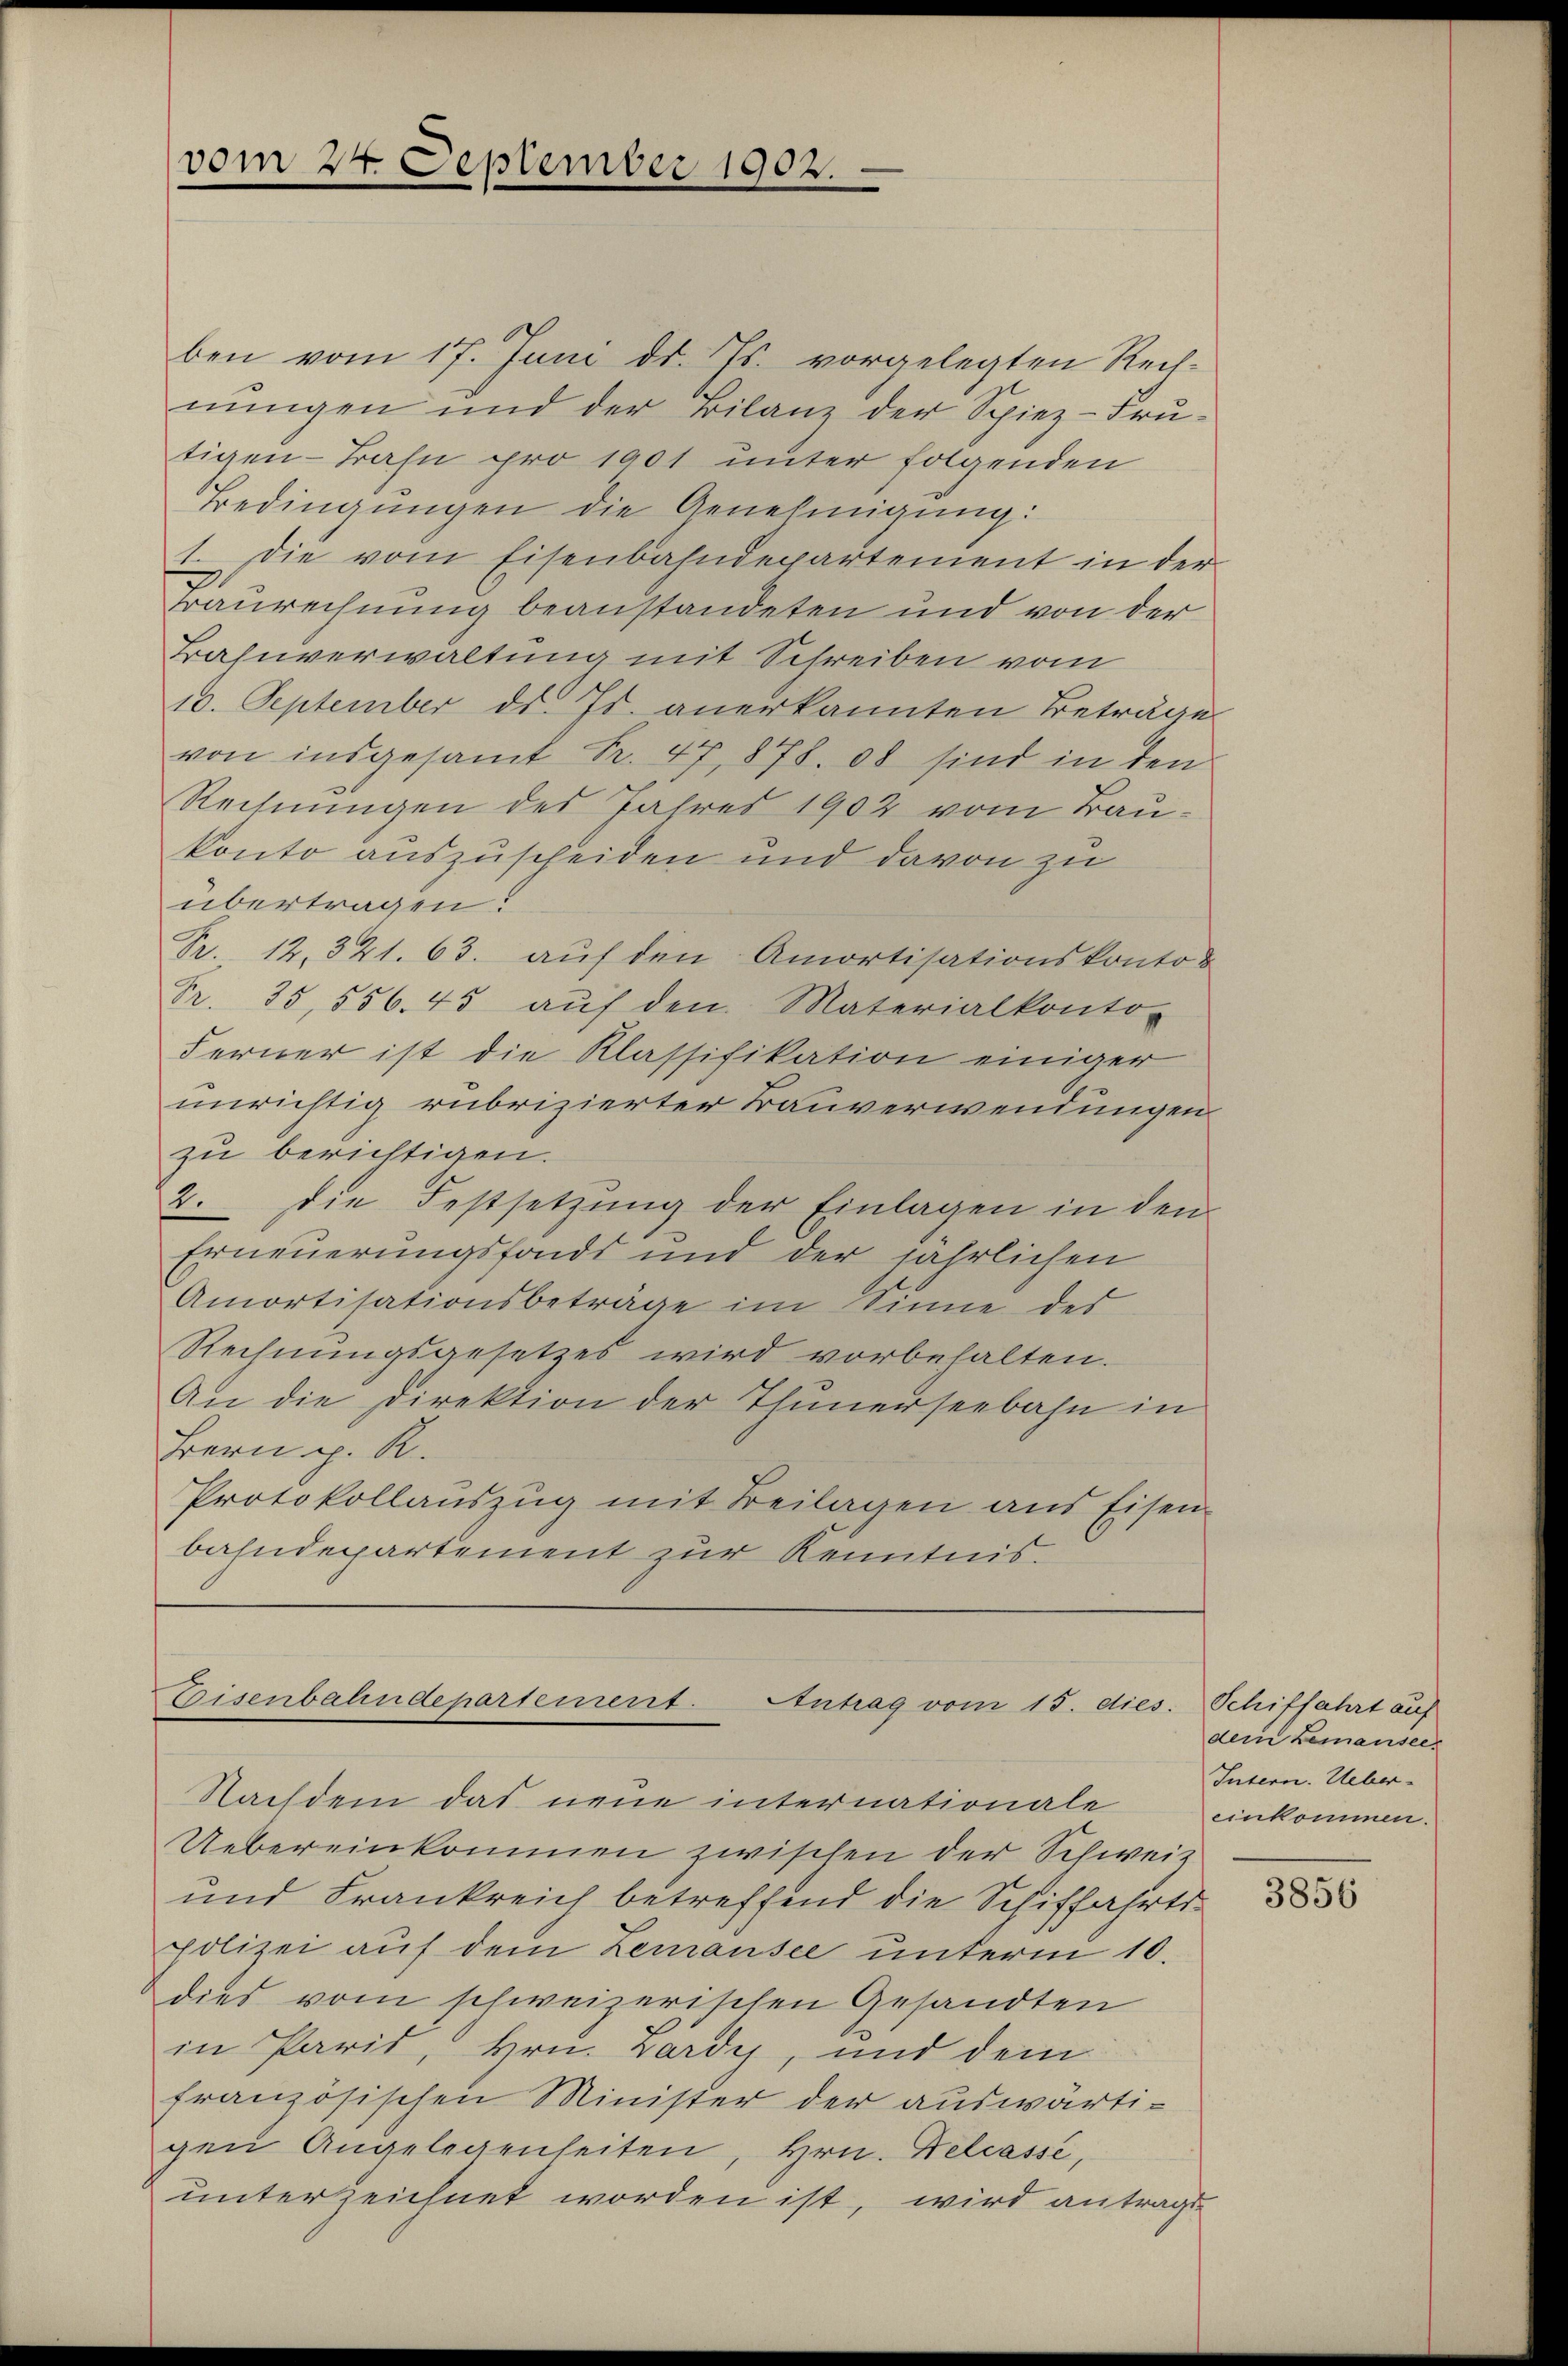
vom 27. September 1902.

Eisenbahndepartement. Antrag vom 15. dies
Nachdem das neue internationale

ben vom 17. Juni d. Js. vorgelegten Rechnungen und der Bilanz der Spiez-Frutigen Bahn pro 1901 unter folgenden
Bedingungen die Genehmigung:
1. Die vom Eisenbahndepartement in der
Baurechnung beanstandeten und von der
Bahnverwaltung mit Schreiben vom
10. September d. Js. anerkannten Beträge
von insgesamt Fr. 47, 878, ob sind in den
Rechnungen des Jahres 1902 vom Baukonto auszuscheiden und davon zu
übertragen.
R. 12. 321. 63. auf den Amortisationskonton
Fr. 35,556. 43 aŭf den Materialkonto-
Ferner ist die Klassifikation einiger
unrichtig rubrizierter Bauverwendungen
zu berichtigen.
2. Die Festsetzung der Einlagen in den
Erneuerungsfonds und der jährlichen
Amortisationsbeträge im Sinne des
Rechnungsgesetzes wird vorbehalten.
An die Direktion der Thunerseebahn in
Bern p. R.
Protokollauszug mit Beilagen aus Eisen-
bahndepartement zur Kenntnis.

Uebereinkommen zwischen der Schweiz
und Frankreich betreffend die Schiffahrts-
polizei auf dem Lemansee unterm 10.
dies vom schweizerischen Gesandten
in Paris, Hrn. Lardy, und dem
französischen Minister der auswärtigen Angelegenheiten, Hrn. Belasse,
unterzeichnet worden ist, wird antragt

Schiffahrt auf
dem Bemansee.
Intern. Ueber-
einkommen.